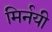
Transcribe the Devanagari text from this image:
मिर्नयी